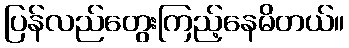
ပြန်လည်တွေးကြည့်နေမိတယ်။